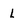
Character: L